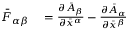
\begin{array} { r l } { { \bar { F } } _ { \alpha \beta } } & { { } = { \frac { \partial { \bar { A } } _ { \beta } } { \partial { \bar { x } } ^ { \alpha } } } - { \frac { \partial { \bar { A } } _ { \alpha } } { \partial { \bar { x } } ^ { \beta } } } } \end{array}